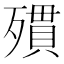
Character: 𣩔